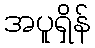
အပူရှိန်